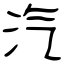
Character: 汽